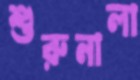
শুরুনালা